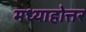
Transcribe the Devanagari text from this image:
मध्याहोत्तर